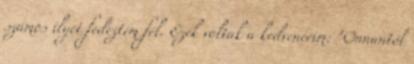
számos ilyet fedeztem fel. Ezek voltak a kedvenceim: "Onnantól